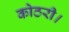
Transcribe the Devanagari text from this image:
कोठरी।